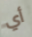
أي